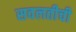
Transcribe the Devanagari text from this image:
सवलतीची